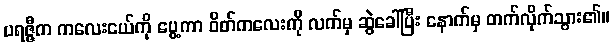
ပရဇ္ဇီက ကလေးငယ်ကို ပွေ့ကာ ဝိတ်ကလေးကို လက်မှ ဆွဲခေါ်ပြီး နောက်မှ တက်လိုက်သွား၏။